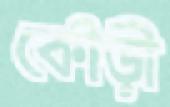
কৌড়ী